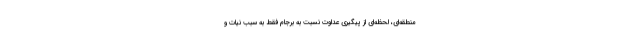
منطقه‌ای، لحظه‌ای از پیگیری عداوت نسبت به برجام فقط به سبب نیات و